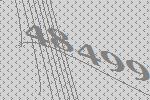
48499